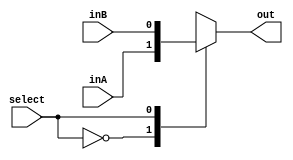
module mux2to1_2 #(
    parameter WIDTH = 1
    ) (
    input wire [WIDTH - 1:0] inA,
    input wire [WIDTH - 1:0] inB,
    input wire select,
    output reg [WIDTH - 1:0] out
    );
    always @(inA, inB, select) begin
        case(select)
             0 : out = inA;
             1 : out = inB;
             default: out = inA;
        endcase
    end  
endmodule